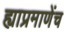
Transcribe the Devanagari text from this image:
ह्याप्रमाणेंच